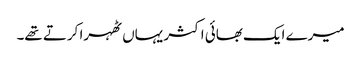
میرے ایک بھائی اکثر یہاں ٹھہرا کرتے تھے۔